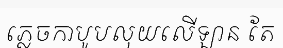
ភ្លេចកាបូបលុយលើឡាន តែ